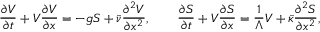
\begin{array} { r } { \displaystyle { \frac { \partial V } { \partial t } } + V \displaystyle { \frac { \partial V } { \partial x } } = - g S + \bar { \nu } \displaystyle { \frac { \partial ^ { 2 } V } { \partial x ^ { 2 } } } , \qquad \displaystyle { \frac { \partial S } { \partial t } } + V \displaystyle { \frac { \partial S } { \partial x } } = \frac { 1 } { \Lambda } V + \bar { \kappa } \displaystyle { \frac { \partial ^ { 2 } S } { \partial x ^ { 2 } } } , } \end{array}